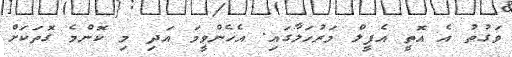
ވަގުތު އެ އޮތީ އެޕީލް މަރުހަލާގައި. އެހެންވީމަ އަދި މި ކޮންމެ ގޮތަކަށް